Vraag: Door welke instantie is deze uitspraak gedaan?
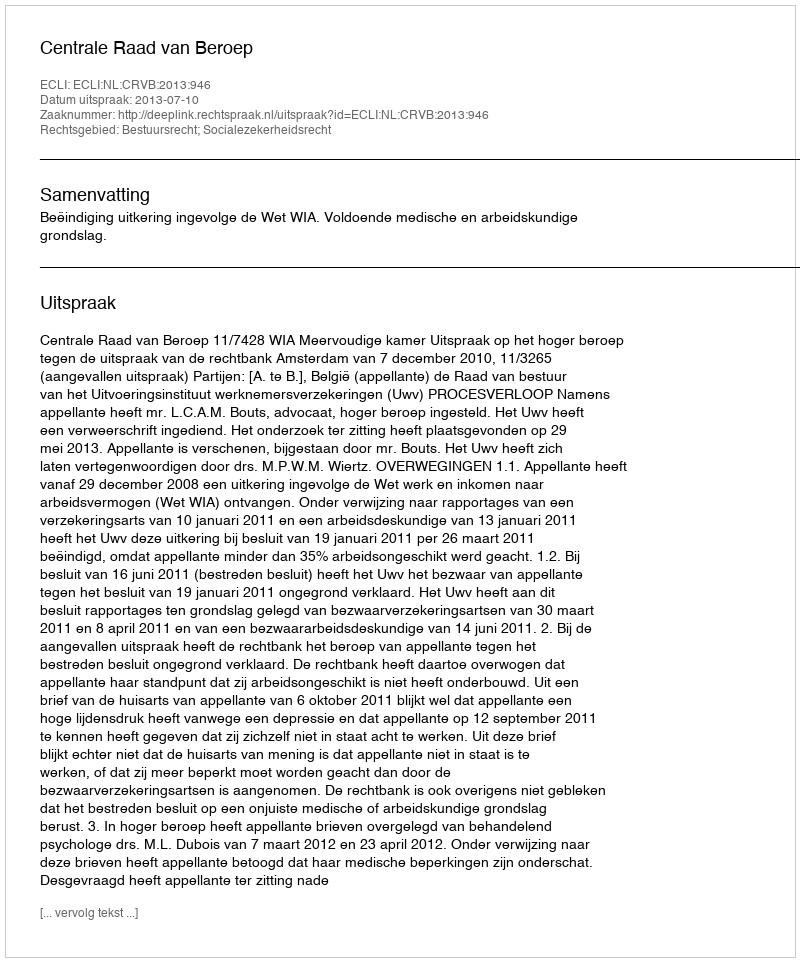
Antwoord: Centrale Raad van Beroep